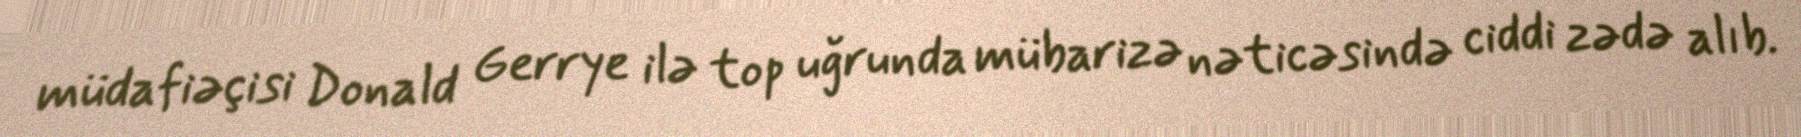
müdafiəçisi Donald Gerrye ilə top uğrunda mübarizə nəticəsində ciddi zədə alıb.